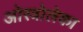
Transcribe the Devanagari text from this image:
ओस्त्रोलेका